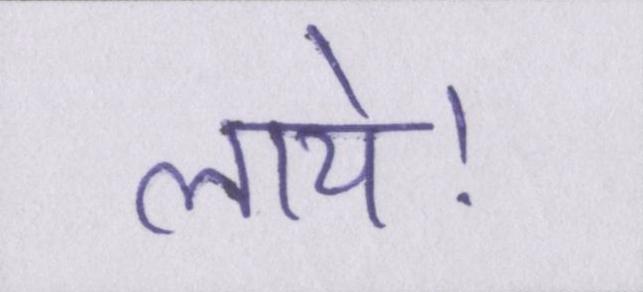
लाये।